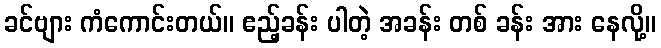
ခင်ဗျား ကံကောင်းတယ်။ ဧည့်ခန်း ပါတဲ့ အခန်း တစ် ခန်း အား နေလို့။